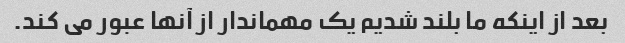
بعد از اینکه ما بلند شدیم یک مهماندار از آنها عبور می کند.